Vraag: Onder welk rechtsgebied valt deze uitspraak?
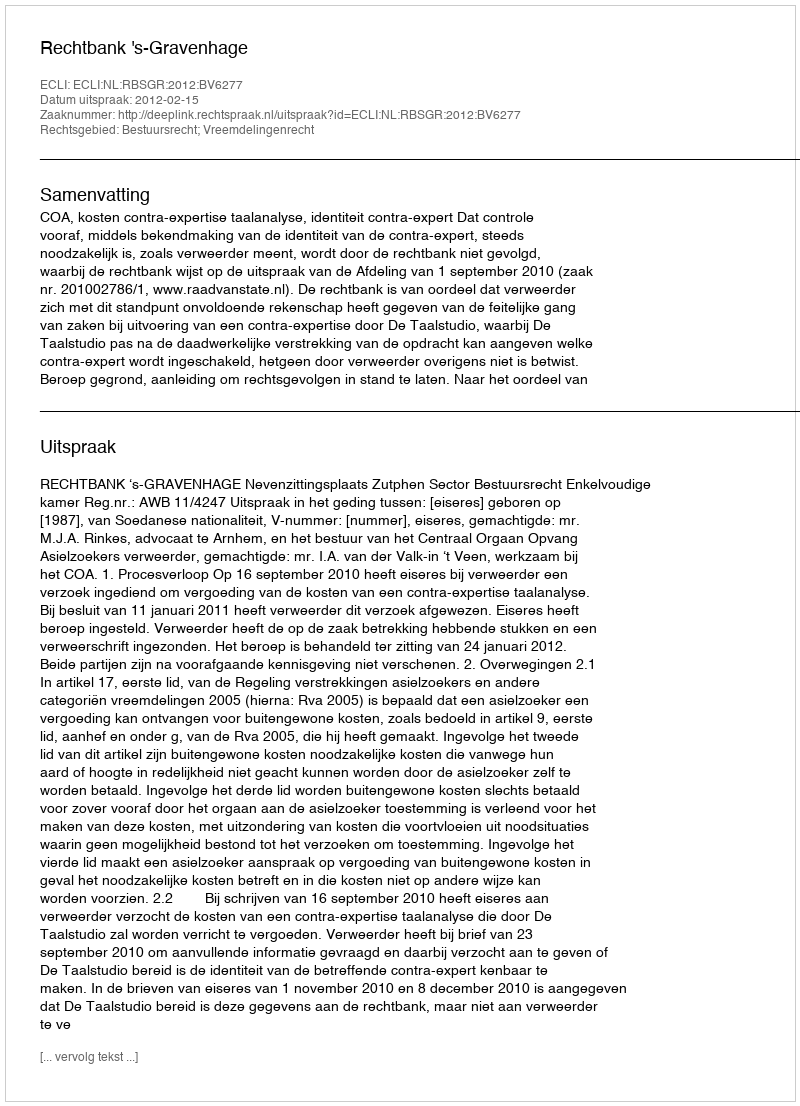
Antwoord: Bestuursrecht; Vreemdelingenrecht